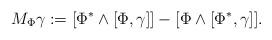
LaTeX: \begin{align*}M_\Phi\gamma:=[\Phi^{\ast}\wedge[\Phi,\gamma]] - [ \Phi \wedge [ \Phi^*,\gamma]].\end{align*}